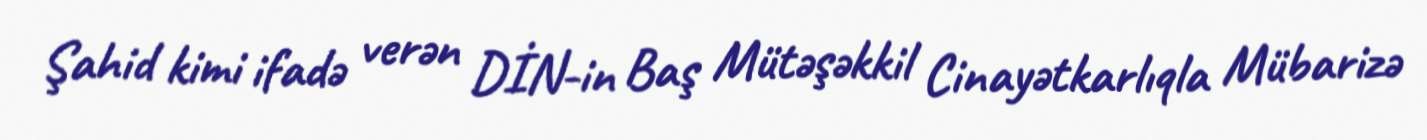
Şahid kimi ifadə verən DİN-in Baş Mütəşəkkil Cinayətkarlıqla Mübarizə